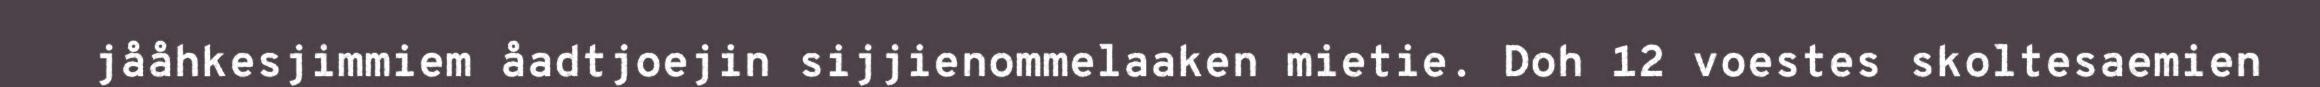
jååhkesjimmiem åadtjoejin sijjienommelaaken mietie. Doh 12 voestes skoltesaemien